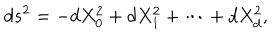
LaTeX: d s ^ { 2 } = - d X _ { 0 } ^ { 2 } + d X _ { 1 } ^ { 2 } + \cdots + d X _ { d } ^ { 2 } ,